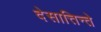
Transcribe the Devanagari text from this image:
देसात्तिन्ते